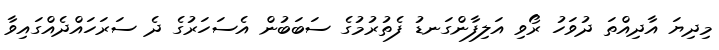
މިދިޔަ އާދިއްތަ ދުވަހު ރޯވި އަލިފާންގަނޑު ފެތުރުމުގެ ސަބަބުން އެސަހަރުގެ ދެ ސަރަހައްދެއްގައިވާ